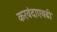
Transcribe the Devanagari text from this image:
करवंदाएवढी